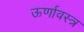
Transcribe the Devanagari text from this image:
ऊर्णावस्त्र